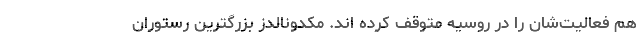
هم فعالیت‌شان را در روسیه متوقف کرده اند. مکدونالدز بزرگترین رستوران